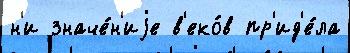
н'и значе́н'иjе в'еко́в пр'ид'е́ла